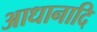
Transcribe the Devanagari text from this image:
आधानादि